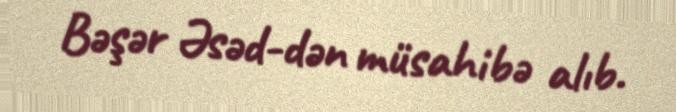
Bəşər Əsəd-dən müsahibə alıb.